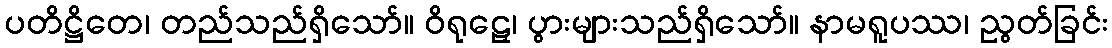
ပတိဋ္ဌိတေ၊ တည်သည်ရှိသော်။ ဝိရုဠှေ၊ ပွားများသည်ရှိသော်။ နာမရူပဿ၊ ညွတ်ခြင်း